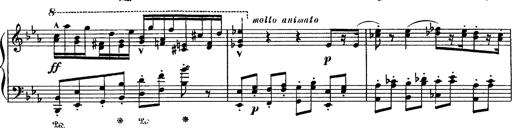
Title: Fantaisie sur des motifs favoris de l'opÃ©ra 'La sonnambula'
Composer: Franz Liszt